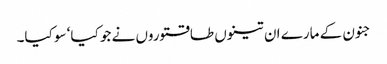
جنون کے مارے ان تینوں طاقتوروں نے جو کیا‘ سو کیا۔